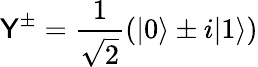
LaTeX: \textsf{Y}^{\pm}=\frac{1}{\sqrt{2}}(\vert 0\rangle\pm i\vert 1\rangle)